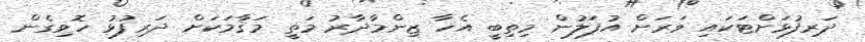
ދަރިފުޅަށްޓަކައި ވަރަށް އުފަލުން މިތިބީ އެހާ ޒިންމާދާރު މަތީ މަޤާމަކަށް ދަރިފުޅު ހޮވިގެން